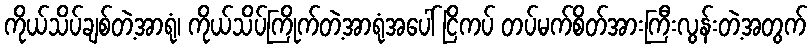
ကိုယ်သိပ်ချစ်တဲ့အာရုံ၊ ကိုယ်သိပ်ကြိုက်တဲ့အာရုံအပေါ် ငြိကပ် တပ်မက်စိတ်အားကြီးလွန်းတဲ့အတွက်